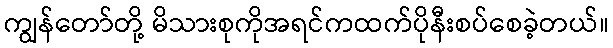
ကျွန်တော်တို့ မိသားစုကိုအရင်ကထက်ပိုနီးစပ်စေခဲ့တယ်။